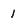
Character: 1